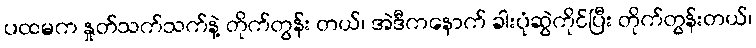
ပထမက နှုတ်သက်သက်နဲ့ တိုက်တွန်း တယ်၊ အဲဒီကနောက် ခါးပုံဆွဲကိုင်ပြီး တိုက်တွန်းတယ်၊